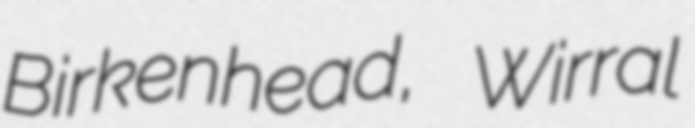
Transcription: Birkenhead, Wirral